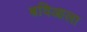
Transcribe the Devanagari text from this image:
बविआला